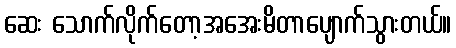
ဆေး သောက်လိုက်တော့အအေးမိတာပျောက်သွားတယ်။